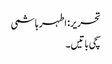
تحریر: اطہر ہاشمی
سچی باتیں۔